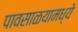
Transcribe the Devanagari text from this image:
पावसाळयामध्ये